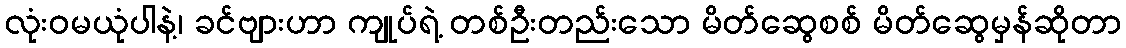
လုံးဝမယုံပါနဲ့၊ ခင်ဗျားဟာ ကျုပ်ရဲ့ တစ်ဦးတည်းသော မိတ်ဆွေစစ် မိတ်ဆွေမှန်ဆိုတာ